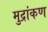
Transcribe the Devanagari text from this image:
मुद्रांकण